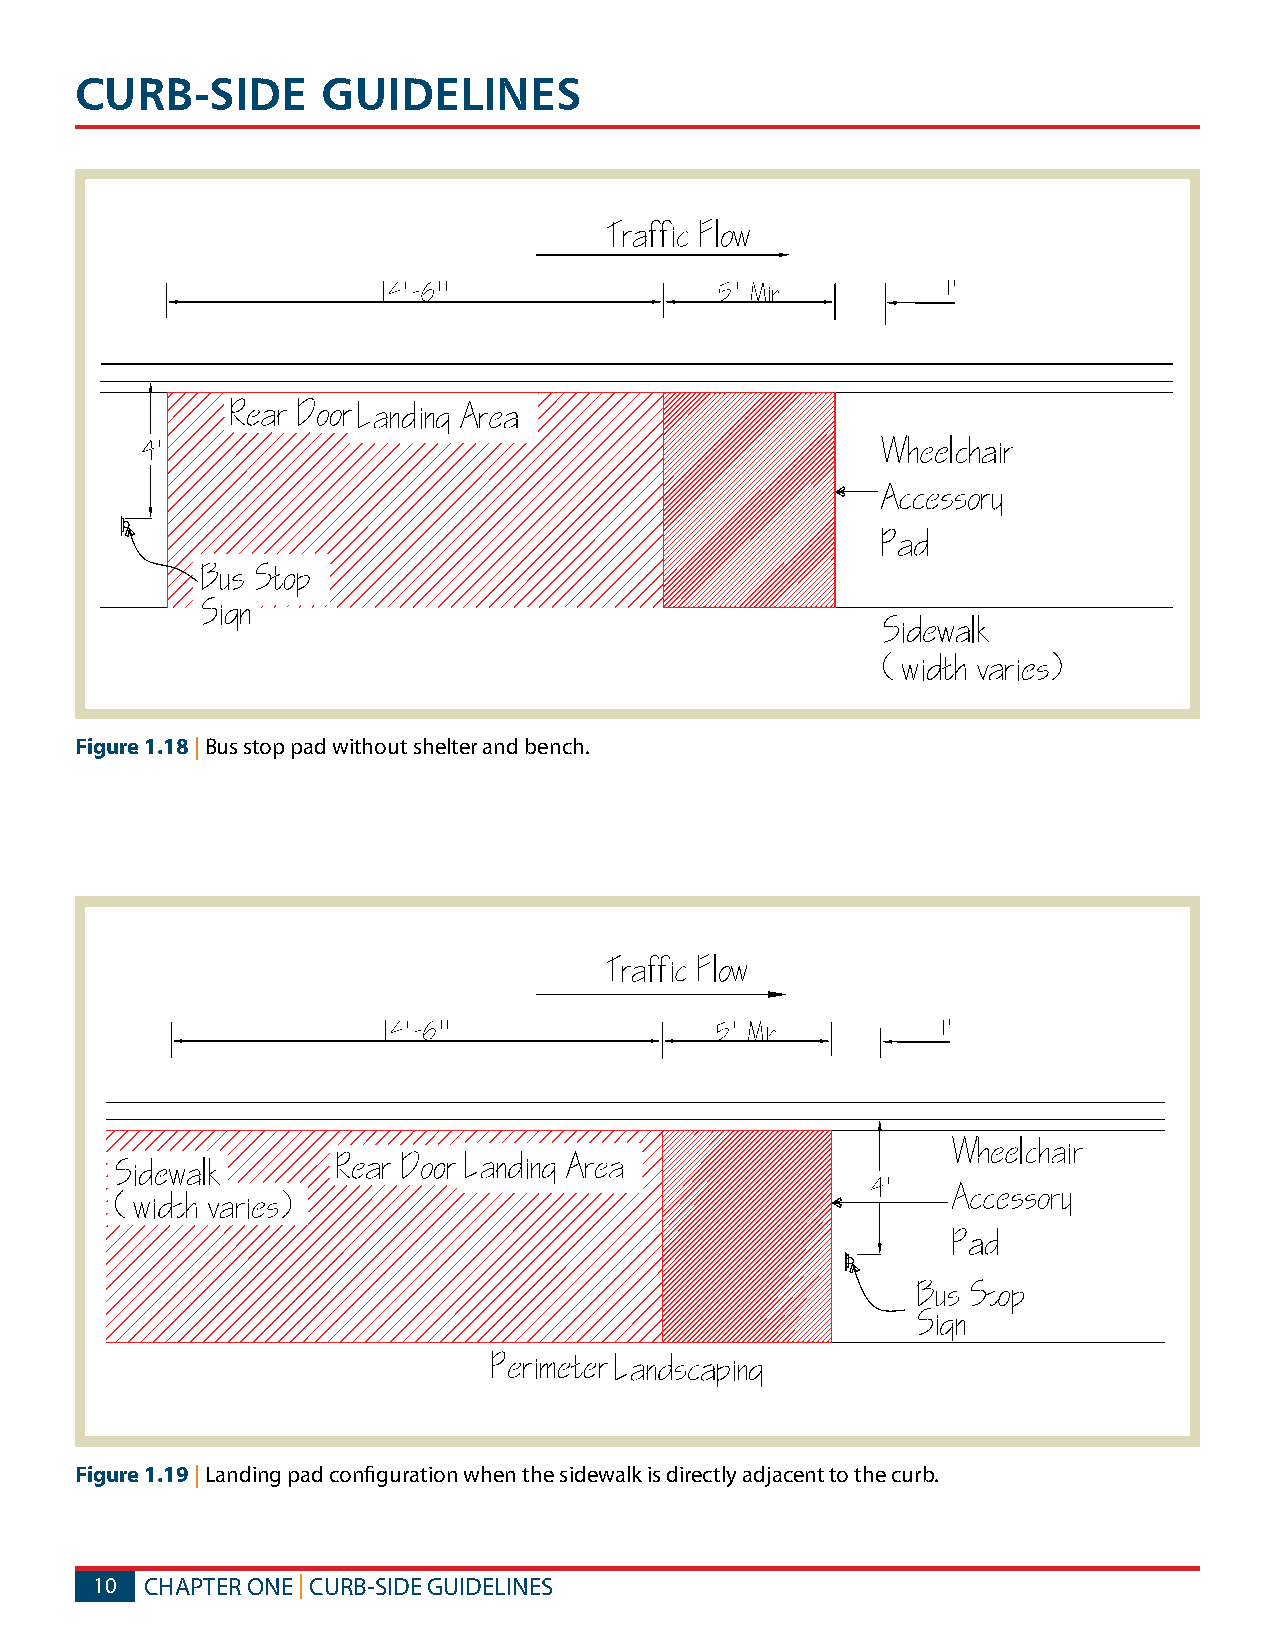
CURB-SIDE       GUIDELINES
 Figure 1.18 | Bus stop pad without shelter and bench.
 Figure 1.19 | Landing pad configuration when the sidewalk is directly adjacent to the curb.
 10  CHAPTER ONE | CURB-SIDE GUIDELINES